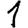
Digit: 1